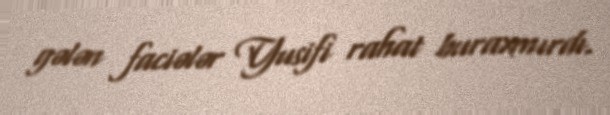
gələn faciələr Yusifi rahat buraxmırdı.